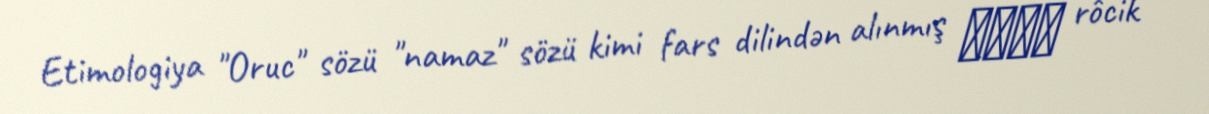
Etimologiya "Oruc" sözü "namaz" sözü kimi fars dilindən alınmış روجك rôcik